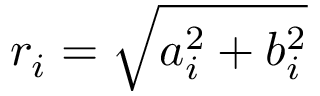
r _ { i } = \sqrt { a _ { i } ^ { 2 } + b _ { i } ^ { 2 } }